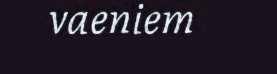
vaeniem